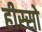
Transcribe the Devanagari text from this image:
हीस्सो